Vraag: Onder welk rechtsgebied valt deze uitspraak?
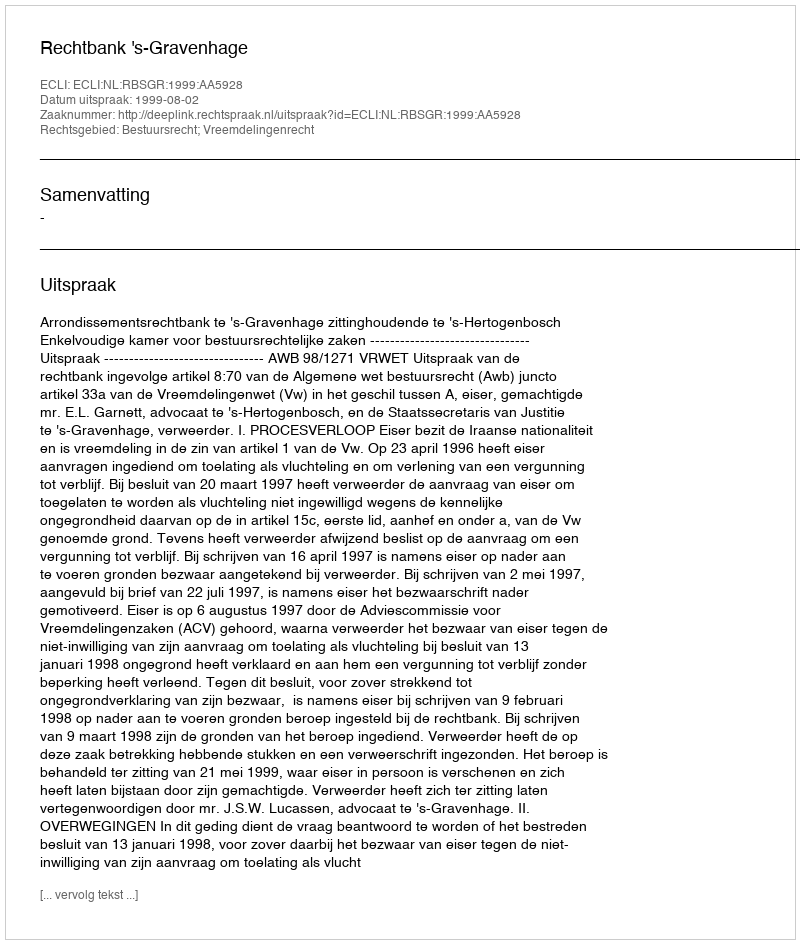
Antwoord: Bestuursrecht; Vreemdelingenrecht